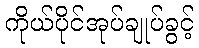
ကိုယ်ပိုင်အုပ်ချုပ်ခွင့်